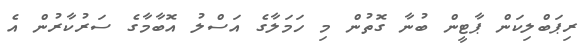
ރިޕަބްލިކަން ޕާޓީން ބުނާ ގޮތުން މި ހަމަލާގެ އަސްލު އޮބާމާގެ ސަރުކާރުން އެ